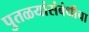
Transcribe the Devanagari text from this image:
पुतळयांसंबंधीचा